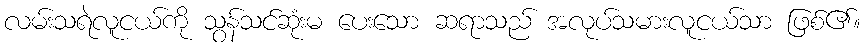
လမ်းသရဲလူငယ်ကို သွန်သင်ဆုံးမ ပေးသော ဆရာသည် အလုပ်သမားလူငယ်သာ ဖြစ်၏။